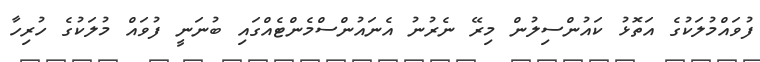
ފުވައްމުލަކުގެ އަތޮޅު ކައުންސިލުން މިރޭ ނެރުނު އެނައުންސްމެންޓެއްގައި ބުނަނީ ފުވައް މުލަކުގެ ހުރިހާ